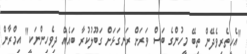
"އެހީތެރިވެދޭން ތިބޭ މީހުންގެ ބަސް ވަރަށް ރަނގަޅަށް ގަބޫލުކުރާ ބައެއް ދިވެހިންނަކީ" އިމްރާން